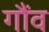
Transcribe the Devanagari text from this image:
गौंव